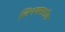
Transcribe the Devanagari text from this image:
लिनक्सडॉक